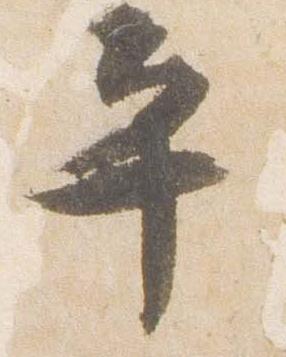
平